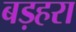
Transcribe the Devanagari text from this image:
बड़हरा